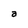
Character: a